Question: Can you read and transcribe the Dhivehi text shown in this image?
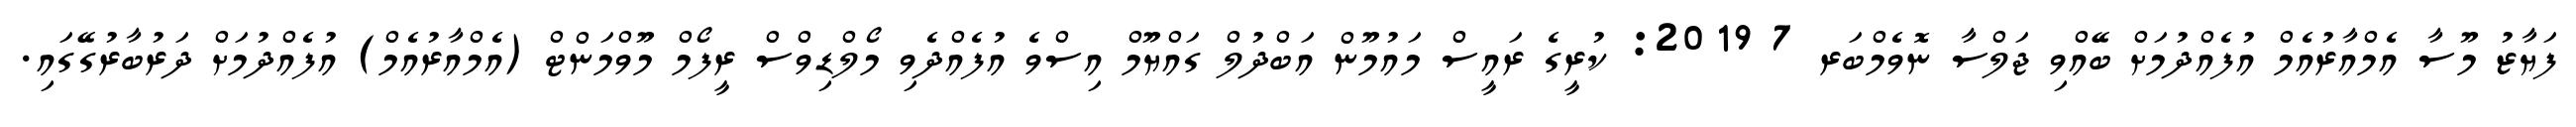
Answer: ފަޔާޒު މޫސާ އެމްއާރުއެމް އުފެއްދުމަށް ބޭއްވި ޖަލްސާ ނޮވެމްބަރ 7 2019: ކުރީގެ ރައީސް މައުމޫން އަބްދުލް ގައްޔޫމް އިސްވެ އުފެއްދެވި މޯލްޑިވްސް ރީފޯމް މޫވްމަންޓް (އެމްއާރުއެމް) އުފެއްދުމަށް ދަރުބާރުގޭގައި.